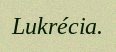
Lukrécia.